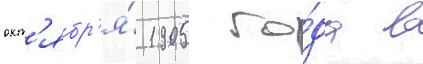
окт'ябр'я́ 1905 го́да в